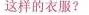
这样的衣服?